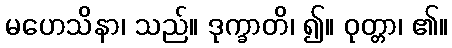
မဟေသိနာ၊ သည်။ ဒုက္ခာတိ၊ ၍။ ဝုတ္တာ၊ ၏။